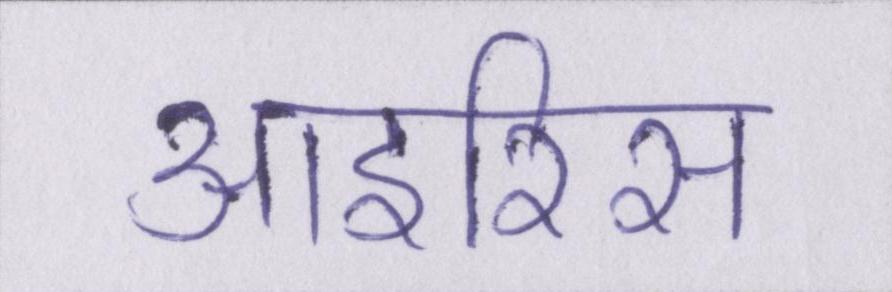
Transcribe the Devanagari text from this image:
आइरिस